Source: Handwritten
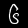
Digit: ၆ (6)